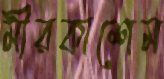
মীরকাশেম